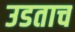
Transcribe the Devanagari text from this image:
उडताच